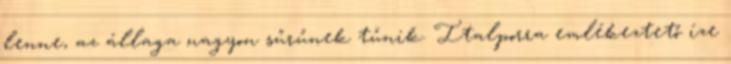
lenne, az állaga nagyon sűrűnek tűnik. Italporra emlékeztető íze